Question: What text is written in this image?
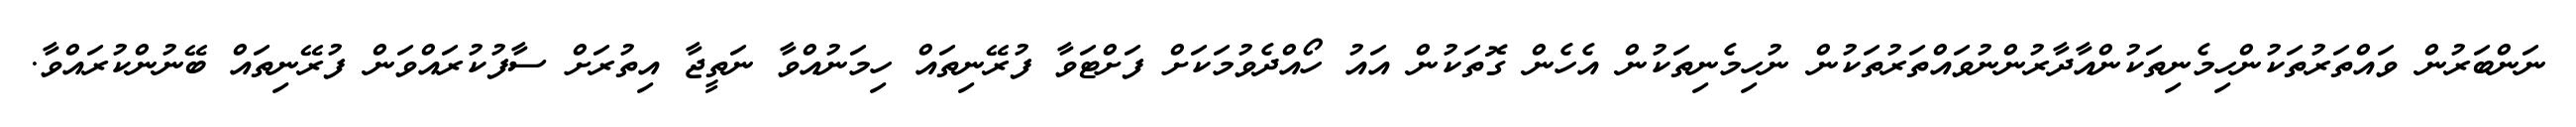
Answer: ނަންބަރުން ވައްތަރުތަކުންހިމެނިތަކުންއާދާރުންނުވައްތަރުތަކުން ނުހިމެނިތަކުން އެހެން ގޮތަކުން އައު ހޯއްދެވުމަކަށް ފަށްޓަވާ ފުރޭނިތައް ހިމަނުއްވާ ނަތީޖާ އިތުރަށް ސާފުކުރައްވަން ފުރޭނިތައް ބޭނުންކުރައްވާ.